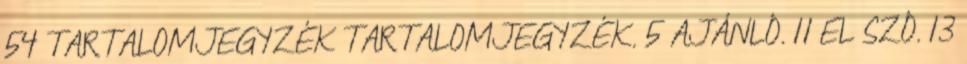
54 TARTALOMJEGYZÉK TARTALOMJEGYZÉK. 5 AJÁNLÓ. 11 EL SZÓ. 13